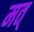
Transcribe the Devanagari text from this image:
मत्